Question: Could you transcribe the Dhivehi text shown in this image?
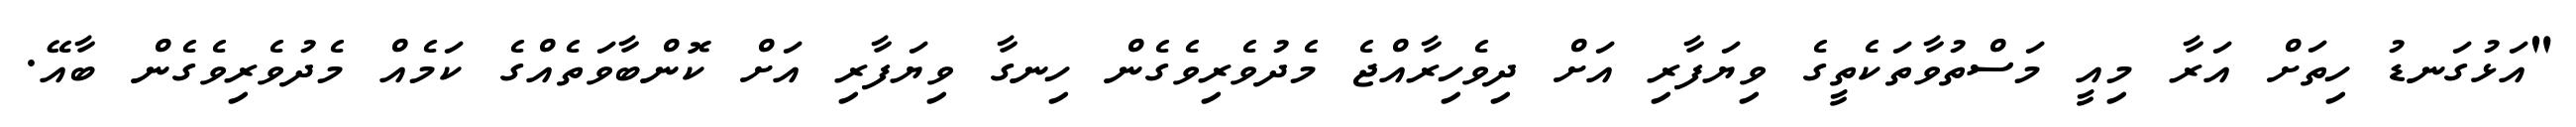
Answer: "އަޅުގަނޑު ހިތަށް އަރާ މިއީ މަސްތުވާތަކެތީގެ ވިޔަފާރި އަށް ދިވެހިރާއްޖެ މެދުވެރިވެގެން ހިނގާ ވިޔަފާރި އަށް ކޮންބާވަތެއްގެ ކަމެއް މެދުވެރިވެގެން ބާއޭ.